Indian journal of veterinary science and animal husbandry - Volumes 26-27, 1956-1957
Year: 1956
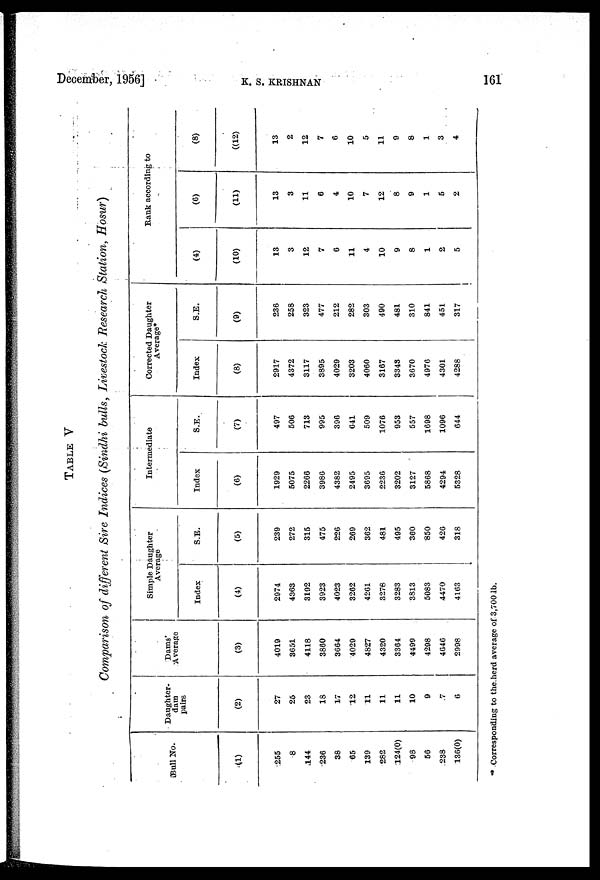
December, 1956]
K.
S.
KRISHNAN
161
TABLE V
Comparison of different Sire Indices (Sindhi bulls, Livestock Research Station, Hosur)
Bull No.
(1)
255
8
144
236
38
65
139
282
124(0)
98
56
238
136(0)
Daughter-
dam
pairs
(2)
27
25
23
18
17
12
11
11
11
10
9
7
6
Dams'
Average
(3)
4019
3651
4118
3860
3664
4029
4827
4320
3364
4499
4298
4646
2998
Simple Daughter
Average
Index
(4)
2974
4363
3192
3923
4023
3262
4261
3278
3283
3813
5083
4470
4163
S.E.
(5)
239
272
315
475
226
269
362
481
495
360
850
426
318
Intermediate
Index
(6)
1929
5075
2266
3986
4382
2495
3695
2236
3202
3127
5868
4294
5328
S.E.
(7)
497
506
713
995
396
641
509
1076
953
557
1698
1096
644
Corrected Daughter
Average*
Index
(8)
2917
4372
3117
3895
4029
3203
4060
3167
3343
3670
4976
4301
4288
S.E.
(9)
236
258
323
477
212
282
303
490
481
310
841
451
317
Rank according to
(4)
(10)
13
3
12
7
6
11
4
10
9
8
1
2
5
(6)
(11)
13
3
11
6
4
10
7
12
8
9
1
5
2
(8)
((12)
13
2
12
7
6
10
5
11
9
8
1
3
4
* Corresponding to the herd average of 3,700 lb.